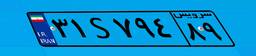
۳۱S۷۹۴۸۹